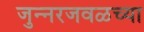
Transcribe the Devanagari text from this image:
जुन्‍नरजवळच्या